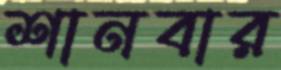
শানবার